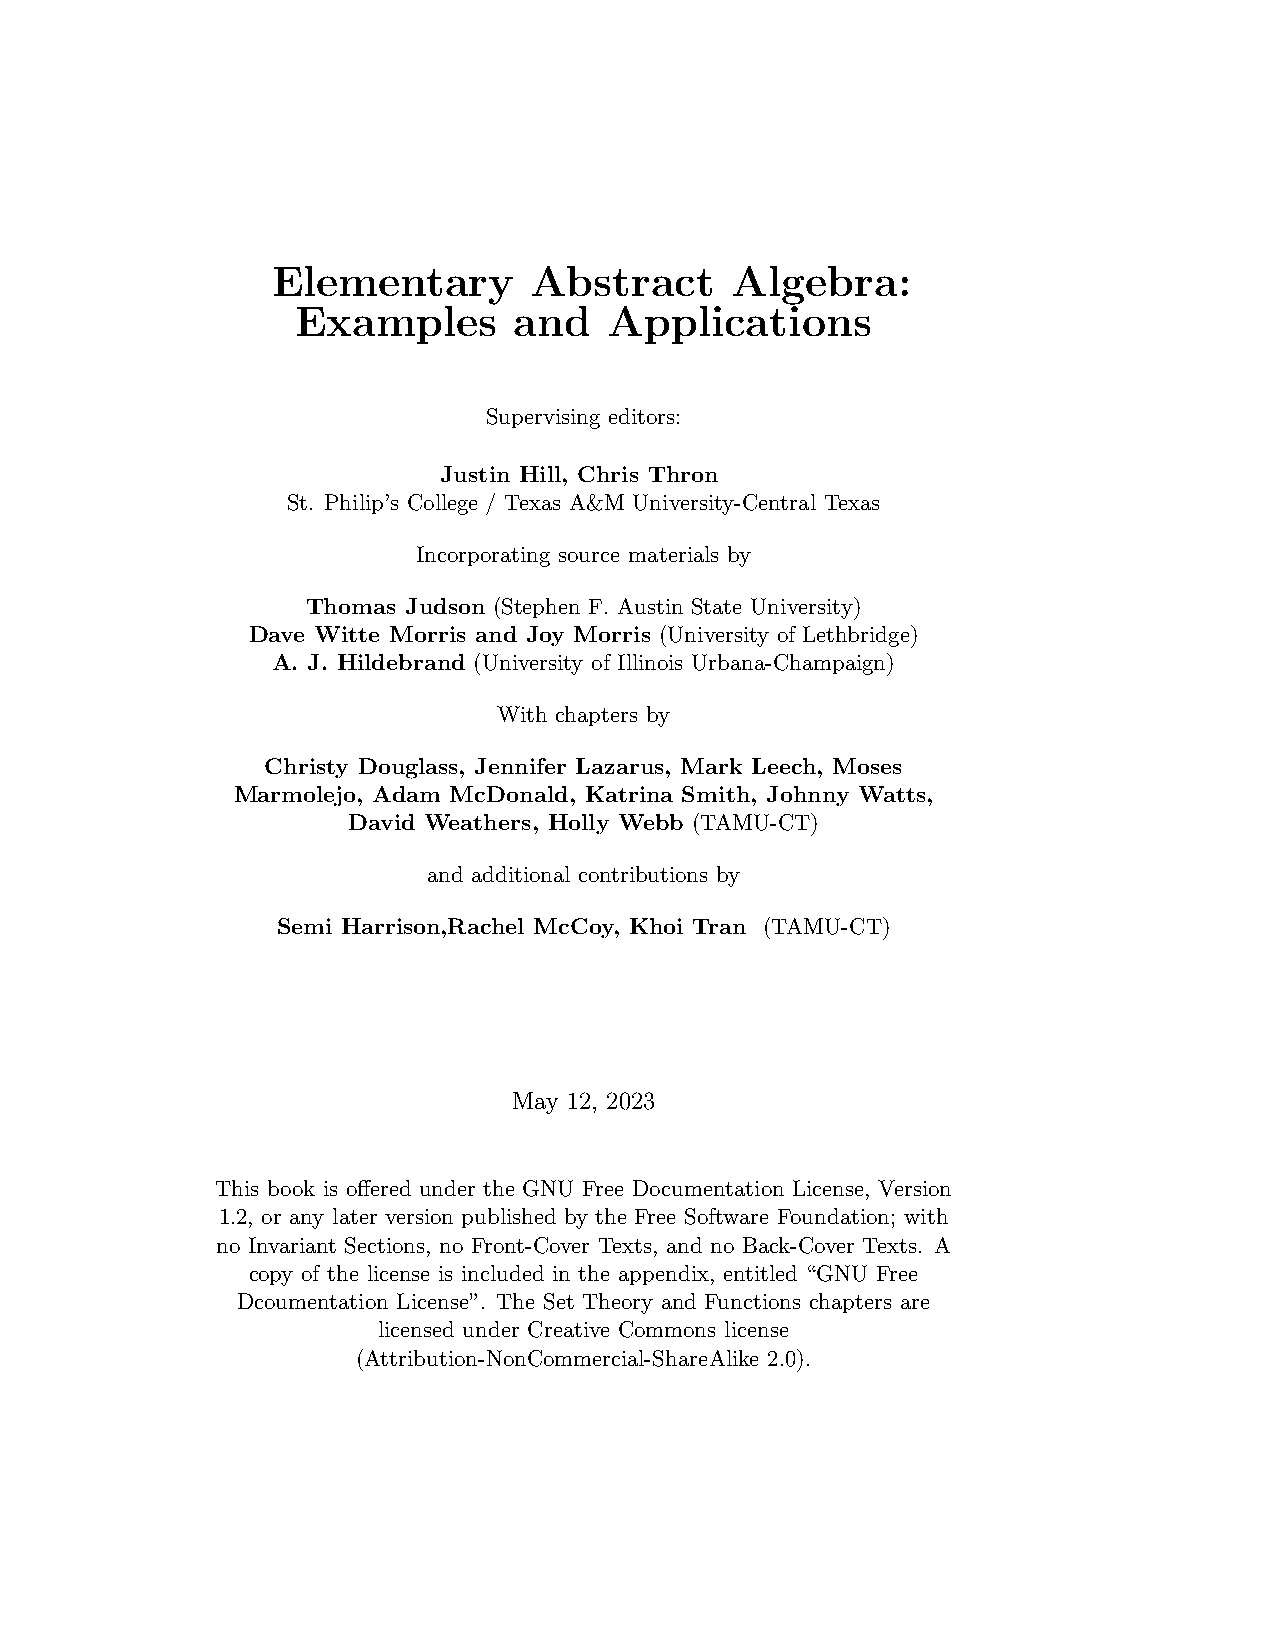
Elementary       Abstract     Algebra:
 Examples      and   Applications
 Supervising editors:
 Justin Hill, Chris Thron
 St. Philip’s College / Texas A&M University-Central Texas
 Incorporating source materials by
 Thomas Judson (Stephen F. Austin State University)
 Dave Witte Morris and Joy Morris (University of Lethbridge)
 A. J. Hildebrand (University of Illinois Urbana-Champaign)
 With chapters by
 Christy Douglass, Jennifer Lazarus, Mark Leech, Moses
 Marmolejo, Adam McDonald, Katrina Smith, Johnny Watts,
 David Weathers, Holly Webb (TAMU-CT)
 and additional contributions by
 Semi Harrison,Rachel McCoy, Khoi Tran (TAMU-CT)
 May 12, 2023
 This book is offered under the GNU Free Documentation License, Version
 1.2, or any later version published by the Free Software Foundation; with
 no Invariant Sections, no Front-Cover Texts, and no Back-Cover Texts. A
 copy of the license is included in the appendix, entitled “GNU Free
 Dcoumentation License”. The Set Theory and Functions chapters are
 licensed under Creative Commons license
 (Attribution-NonCommercial-ShareAlike 2.0).